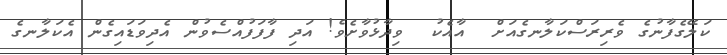
ކަލޭގެފާނުގެ ވެރިރަސްކަލާނގެއަށް  އާއެކު  ވިދާޅުވާށެވެ! އަދި ފާފަފުއްސެވުން އެދިވަޑައިގެން އެކަލާނގެ